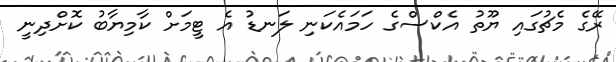
ރޭގެ މެޗުގައި ޔޫތު އެކްސްގެ ހަމައެކަނި ލަނޑު އެ ޓީމަށް ކާމިޔާބު ކޮށްދިނީ